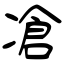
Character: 凔